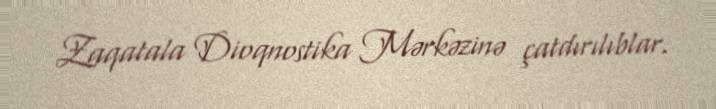
Zaqatala Dioqnostika Mərkəzinə çatdırılıblar.